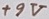
Text: +9V